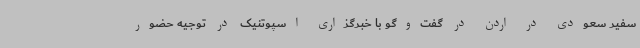
سفیر سعودی در اردن در گفت‌وگو با خبرگزاری اسپوتنیک در توجیه حضور